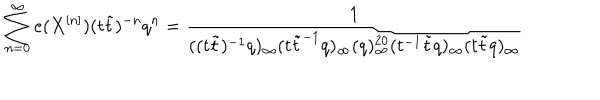
\sum _ { n = 0 } ^ { \infty } e ( X ^ { [ n ] } ) ( t \tilde { t } ) ^ { - n } q ^ { n } = \frac { 1 } { ( ( t \tilde { t } ) ^ { - 1 } q ) _ { \infty } ( t \tilde { t } ^ { - 1 } q ) _ { \infty } ( q ) _ { \infty } ^ { 2 0 } ( t ^ { - 1 } \tilde { t } q ) _ { \infty } ( t \tilde { t } q ) _ { \infty } }